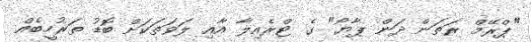
"ޕްރޭމް ރަތަން ދަން ޕާޔޯ" ގެ ޓްރެއިލާ އާއި ލަވަތަކަށް ބޮޑު ތަރުހީބެއް